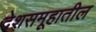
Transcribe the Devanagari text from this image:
देशसमूहातील